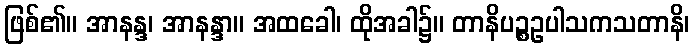
ဖြစ်၏။ အာနန္ဒ၊ အာနန္ဒာ။ အထခေါ၊ ထိုအခါ၌။ တာနိပဉ္စဥပါသကသတာနိ၊